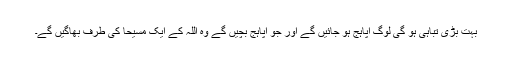
بہت بڑی تباہی ہو گی لوگ اپاہج ہو جائیں گے اور جو اپاہج بچیں گے وہ اللہ کے ایک مسیحا کی طرف بھاگیں گے۔